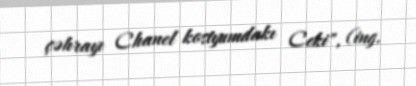
çəhrayı Chanel kostyumdakı Ceki", (ing.